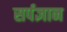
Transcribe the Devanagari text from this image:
सर्पज्ञान